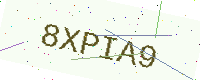
Text: 8XPIA9